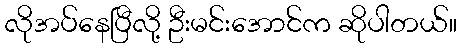
လိုအပ်နေပြီလို့ ဦးမင်းအောင်က ဆိုပါတယ်။